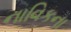
નાવિકના